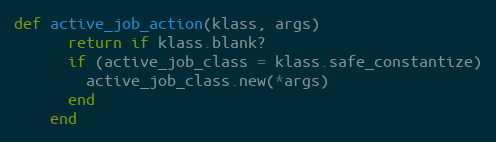
Language: Ruby
def active_job_action(klass, args)
      return if klass.blank?
      if (active_job_class = klass.safe_constantize)
        active_job_class.new(*args)
      end
    end